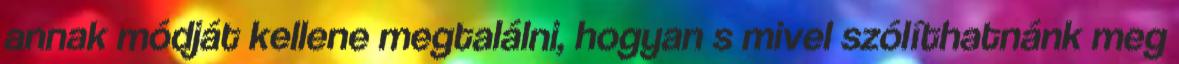
annak módját kellene megtalálni, hogyan s mivel szólíthatnánk meg